Civil Veterinary Department. Central Provinces & Berar 1925-31 - 1925-1931
Year: 1925
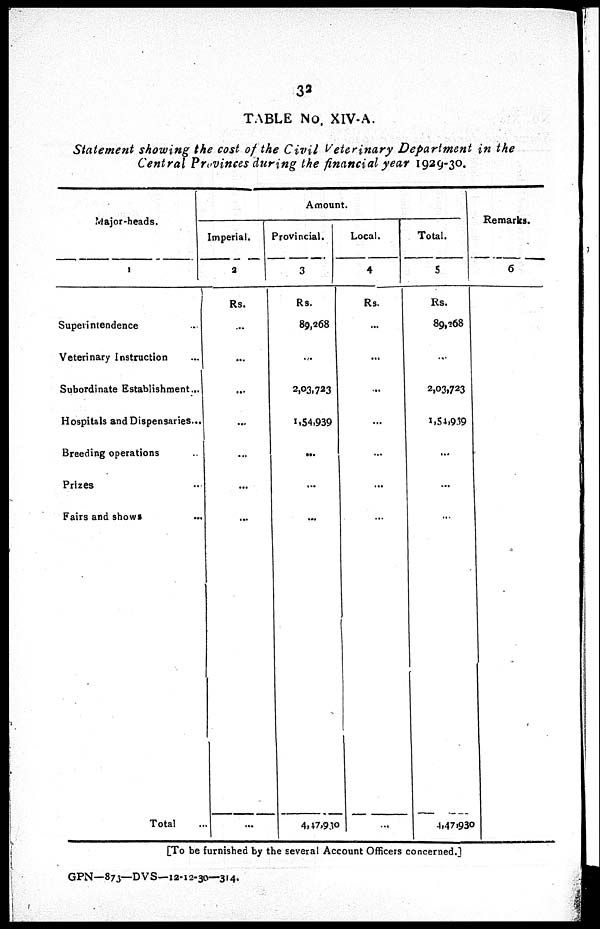
32
TABLE No, XIV-A.
Statement showing the cost of the Civil Veterinary Department in the
Central Provinces during the financial year 1929-30.
Major-heads.
1
Superintendence ...
Veterinary Instruction ...
Subordinate Establishment...
Hospitals and Dispensaries...
Breeding operations ...
Prizes ...
Fairs and shows ...
Total ...
Amount.
Imperial.
2
Rs.
...
...
...
...
...
...
...
...
Provincial.
3
Rs.
89,268
...
2,03,723
1,54,939
...
...
...
4,47,930
Local.
4
Rs.
...
...
...
...
...
...
...
...
Total.
5
Rs.
89,268
...
2,03,723
1,54,939
...
...
...
4,47,930
Remarks.
6
[To be furnished by the several Account Officers concerned.]
GPN-—873—DVS—12-12-30—314.